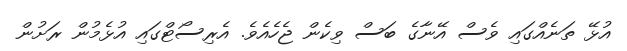
އުޅޭ ތަނެއްގައި ވެސް އޭނާގެ ބަސް ވިކެން ޖެހެއެވެ. އެރިސޯޓްގައި އުޅެމުން ރަށުން